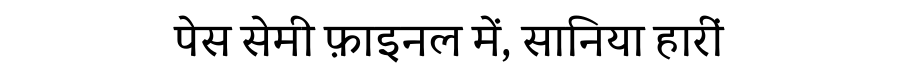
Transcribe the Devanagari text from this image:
पेस सेमी फ़ाइनल में, सानिया हारीं